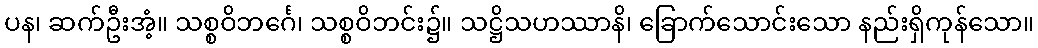
ပန၊ ဆက်ဦးအံ့။ သစ္စဝိဘင်္ဂေ၊ သစ္စဝိဘင်း၌။ သဋ္ဌိသဟဿာနိ၊ ခြောက်သောင်းသော နည်းရှိကုန်သော။